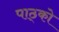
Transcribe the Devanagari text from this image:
पाठ्को